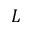
L